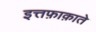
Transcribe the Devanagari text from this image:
इत्तफ़ाक़ाते